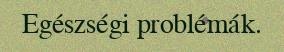
Egészségi problémák.